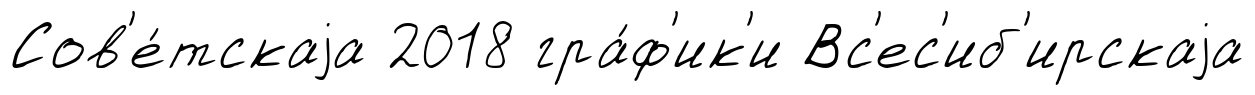
Сов'е́тскаjа 2018 гра́ф'ик'и Вс'ес'иб'ирскаjа